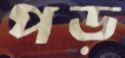
পড়